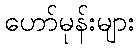
ဟော်မုန်းများ